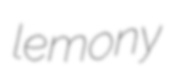
lemony